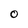
Character: O